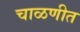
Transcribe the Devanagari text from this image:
चाळणीत